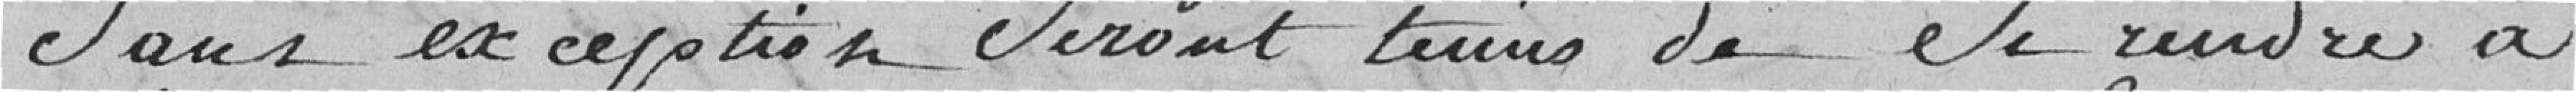
sans exception seront tenus de se rendre à